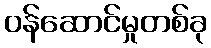
ဝန်ဆောင်မှုတစ်ခု